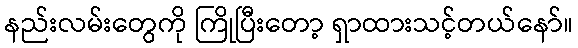
နည်းလမ်းတွေကို ကြိုပြီးတော့ ရှာထားသင့်တယ်နော်။